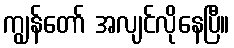
ကျွန်တော် အလျင်လိုနေပြီ။